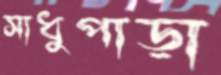
সাধুপাড়া